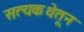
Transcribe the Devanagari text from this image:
सत्यकथेतून